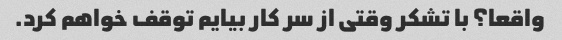
واقعا؟ با تشکر وقتی از سر کار بیایم توقف خواهم کرد.